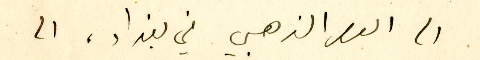
الى العصر الذهبي في بغداد، الى